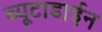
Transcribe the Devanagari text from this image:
ब्यूटाडाईन